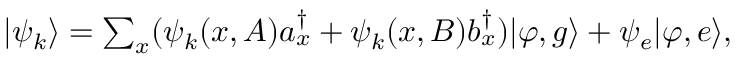
\begin{array} { r } { | \psi _ { k } \rangle = \sum _ { x } ( \psi _ { k } ( x , A ) a _ { x } ^ { \dagger } + \psi _ { k } ( x , B ) b _ { x } ^ { \dagger } ) | \varphi , g \rangle + \psi _ { e } | \varphi , e \rangle , } \end{array}